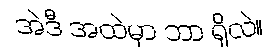
အဲဒီ အထဲမှာ ဘာ ရှိလဲ။